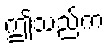
ဤသည်က